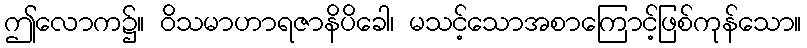
ဤလောက၌။ ဝိသမာဟာရဇာနိပိခေါ၊ မသင့်သောအစာကြောင့်ဖြစ်ကုန်သော။